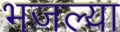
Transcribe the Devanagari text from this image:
भजल्या